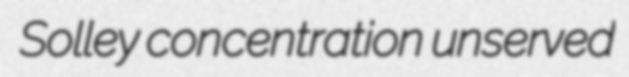
Solley concentration unserved